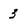
Character: 3